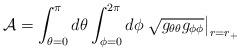
LaTeX: \begin{align*}{\cal A} = \int_{\theta=0}^\pi d\theta \int_{\phi=0}^{2\pi}d\phi\left.\sqrt{g_{\theta\theta}g_{\phi\phi}}\right|_{r=r_{+}}\end{align*}